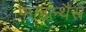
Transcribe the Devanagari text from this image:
फाइल्थैस